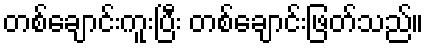
တစ်ချောင်းကူးပြီး တစ်ချောင်းဖြတ်သည်။